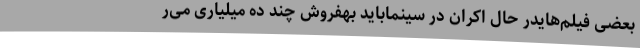
بعضی فیلم‌هایدر حال اکران در سینماباید بهفروش چند ده میلیاری می‌ر